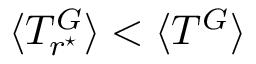
\langle T _ { r ^ { \star } } ^ { G } \rangle < \langle T ^ { G } \rangle